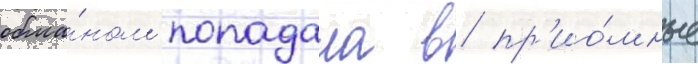
обма́ном попадала в пр'ио́мные